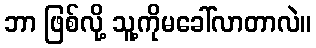
ဘာ ဖြစ်လို့ သူ့ကိုမခေါ်လာတာလဲ။